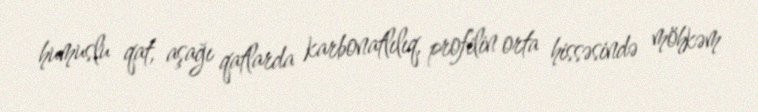
humuslu qat, aşağı qatlarda karbonatlılıq, profilin orta hissəsində möhkəm